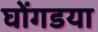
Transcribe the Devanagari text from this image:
घोंगडया